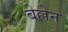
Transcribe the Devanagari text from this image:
बेल्लेन